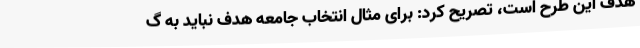
هدف این طرح است، تصریح کرد: برای مثال انتخاب جامعه هدف نباید به گ